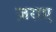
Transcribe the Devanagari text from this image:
ज़राए